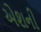
એશની